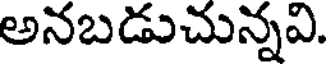
అనబడుచున్నవి.